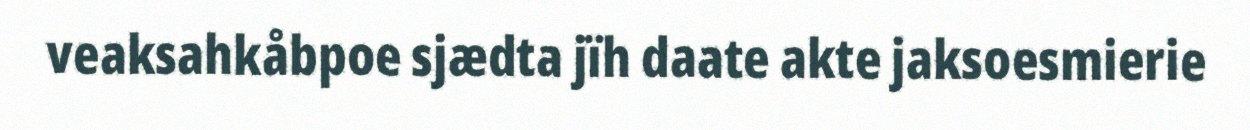
veaksahkåbpoe sjædta jïh daate akte jaksoesmierie